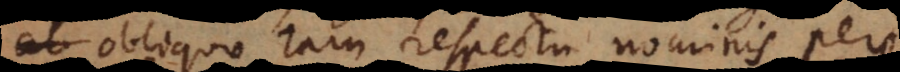
obliquo tam respectu nominis per